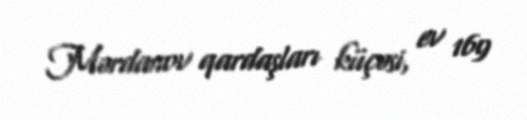
Mərdanov qardaşları küçəsi, ev 169